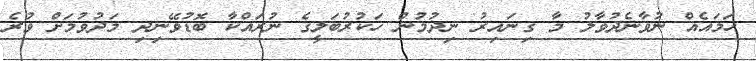
ހަމައެއް ނުވާނެދުވާލު މާ ގިނައިރު ނިދުމުން ހަކުރުބަލީގެ ނުރައްކާ ބޮޑުވޭނިދި މަދުވުމަށް ވުރެ